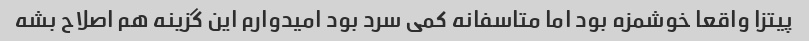
پیتزا واقعا خوشمزه بود اما متاسفانه کمی سرد بود امیدوارم این گزینه هم اصلاح بشه